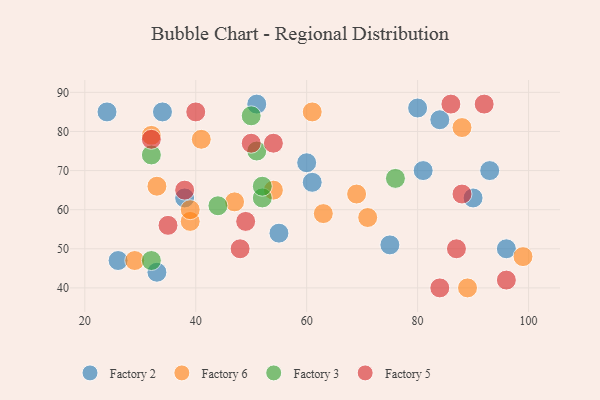
{"axis": {"x": "GDP", "y": "Life Expectancy"}, "legend": ["Factory 2", "Factory 3", "Factory 5", "Factory 6"], "data": [{"x": "51", "y": 87, "type": "Factory 2"}, {"x": "90", "y": 63, "type": "Factory 2"}, {"x": "34", "y": 85, "type": "Factory 2"}, {"x": "33", "y": 44, "type": "Factory 2"}, {"x": "81", "y": 70, "type": "Factory 2"}, {"x": "24", "y": 85, "type": "Factory 2"}, {"x": "26", "y": 47, "type": "Factory 2"}, {"x": "38", "y": 63, "type": "Factory 2"}, {"x": "84", "y": 83, "type": "Factory 2"}, {"x": "61", "y": 67, "type": "Factory 2"}, {"x": "75", "y": 51, "type": "Factory 2"}, {"x": "55", "y": 54, "type": "Factory 2"}, {"x": "80", "y": 86, "type": "Factory 2"}, {"x": "96", "y": 50, "type": "Factory 2"}, {"x": "60", "y": 72, "type": "Factory 2"}, {"x": "93", "y": 70, "type": "Factory 2"}, {"x": "29", "y": 47, "type": "Factory 6"}, {"x": "63", "y": 59, "type": "Factory 6"}, {"x": "39", "y": 57, "type": "Factory 6"}, {"x": "88", "y": 81, "type": "Factory 6"}, {"x": "39", "y": 60, "type": "Factory 6"}, {"x": "69", "y": 64, "type": "Factory 6"}, {"x": "61", "y": 85, "type": "Factory 6"}, {"x": "89", "y": 40, "type": "Factory 6"}, {"x": "41", "y": 78, "type": "Factory 6"}, {"x": "54", "y": 65, "type": "Factory 6"}, {"x": "47", "y": 62, "type": "Factory 6"}, {"x": "99", "y": 48, "type": "Factory 6"}, {"x": "71", "y": 58, "type": "Factory 6"}, {"x": "33", "y": 66, "type": "Factory 6"}, {"x": "32", "y": 79, "type": "Factory 6"}, {"x": "50", "y": 84, "type": "Factory 3"}, {"x": "52", "y": 63, "type": "Factory 3"}, {"x": "52", "y": 66, "type": "Factory 3"}, {"x": "76", "y": 68, "type": "Factory 3"}, {"x": "51", "y": 75, "type": "Factory 3"}, {"x": "32", "y": 74, "type": "Factory 3"}, {"x": "44", "y": 61, "type": "Factory 3"}, {"x": "32", "y": 47, "type": "Factory 3"}, {"x": "32", "y": 78, "type": "Factory 5"}, {"x": "84", "y": 40, "type": "Factory 5"}, {"x": "92", "y": 87, "type": "Factory 5"}, {"x": "38", "y": 65, "type": "Factory 5"}, {"x": "50", "y": 77, "type": "Factory 5"}, {"x": "40", "y": 85, "type": "Factory 5"}, {"x": "49", "y": 57, "type": "Factory 5"}, {"x": "48", "y": 50, "type": "Factory 5"}, {"x": "88", "y": 64, "type": "Factory 5"}, {"x": "86", "y": 87, "type": "Factory 5"}, {"x": "35", "y": 56, "type": "Factory 5"}, {"x": "54", "y": 77, "type": "Factory 5"}, {"x": "87", "y": 50, "type": "Factory 5"}, {"x": "96", "y": 42, "type": "Factory 5"}]}